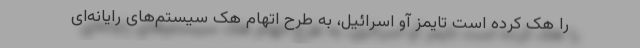
را هک کرده است تایمز آو اسرائیل، به طرح اتهام هک سیستم‌های رایانه‌ای